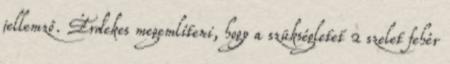
jellemző. Érdekes megemlíteni, hogy a szükségletet 2 szelet fehér